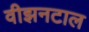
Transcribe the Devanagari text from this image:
वीझनटाल